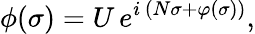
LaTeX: \phi(\sigma)=U\, e^{i\, (N\sigma+\varphi(\sigma))},